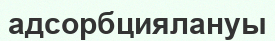
адсорбциялануы